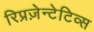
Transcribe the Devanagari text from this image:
रिप्रज़ेन्टेटिव्स